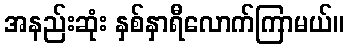
အနည်းဆုံး နှစ်နှာရီလောက်ကြာမယ်။